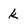
Character: k